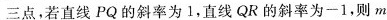
三点，若直线PQ的斜率为1，直线QR的斜率为-1，则m